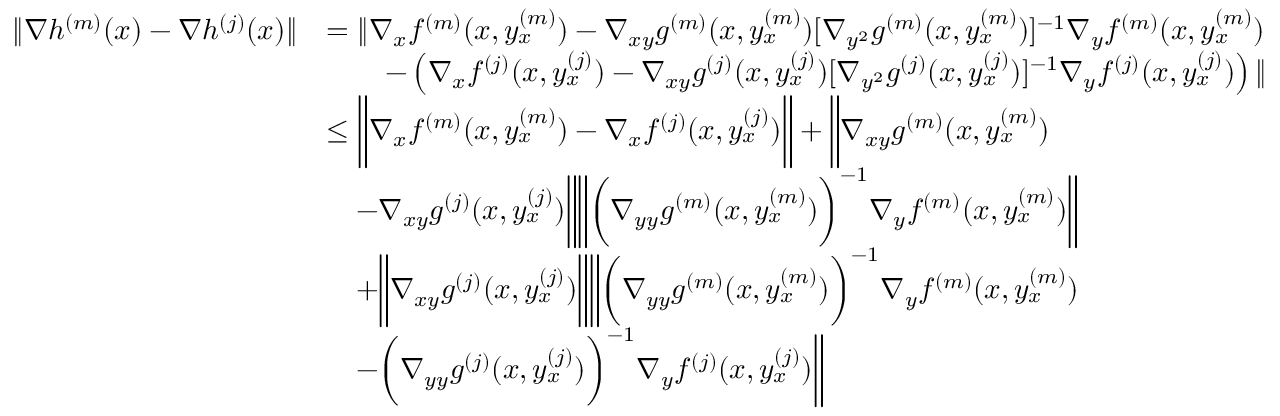
\begin{array} { r l } { \| \nabla h ^ { ( m ) } ( x ) - \nabla h ^ { ( j ) } ( x ) \| } & { = \| \nabla _ { x } f ^ { ( m ) } ( x , y _ { x } ^ { ( m ) } ) - \nabla _ { x y } g ^ { ( m ) } ( x , y _ { x } ^ { ( m ) } ) [ \nabla _ { y ^ { 2 } } g ^ { ( m ) } ( x , y _ { x } ^ { ( m ) } ) ] ^ { - 1 } \nabla _ { y } f ^ { ( m ) } ( x , y _ { x } ^ { ( m ) } ) } \\ & { \qquad - \left( \nabla _ { x } f ^ { ( j ) } ( x , y _ { x } ^ { ( j ) } ) - \nabla _ { x y } g ^ { ( j ) } ( x , y _ { x } ^ { ( j ) } ) [ \nabla _ { y ^ { 2 } } g ^ { ( j ) } ( x , y _ { x } ^ { ( j ) } ) ] ^ { - 1 } \nabla _ { y } f ^ { ( j ) } ( x , y _ { x } ^ { ( j ) } ) \right) \| } \\ & { \leq \bigg \| \nabla _ { x } f ^ { ( m ) } ( x , y _ { x } ^ { ( m ) } ) - \nabla _ { x } f ^ { ( j ) } ( x , y _ { x } ^ { ( j ) } ) \bigg \| + \bigg \| \nabla _ { x y } g ^ { ( m ) } ( x , y _ { x } ^ { ( m ) } ) } \\ & { \quad - \nabla _ { x y } g ^ { ( j ) } ( x , y _ { x } ^ { ( j ) } ) \bigg \| \bigg \| \bigg ( \nabla _ { y y } g ^ { ( m ) } ( x , y _ { x } ^ { ( m ) } ) \bigg ) ^ { - 1 } \nabla _ { y } f ^ { ( m ) } ( x , y _ { x } ^ { ( m ) } ) \bigg \| } \\ & { \quad + \bigg \| \nabla _ { x y } g ^ { ( j ) } ( x , y _ { x } ^ { ( j ) } ) \bigg \| \bigg \| \bigg ( \nabla _ { y y } g ^ { ( m ) } ( x , y _ { x } ^ { ( m ) } ) \bigg ) ^ { - 1 } \nabla _ { y } f ^ { ( m ) } ( x , y _ { x } ^ { ( m ) } ) } \\ & { \quad - \bigg ( \nabla _ { y y } g ^ { ( j ) } ( x , y _ { x } ^ { ( j ) } ) \bigg ) ^ { - 1 } \nabla _ { y } f ^ { ( j ) } ( x , y _ { x } ^ { ( j ) } ) \bigg \| } \end{array}